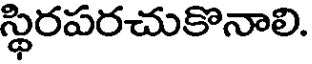
స్థిరపరచుకొనాలి.